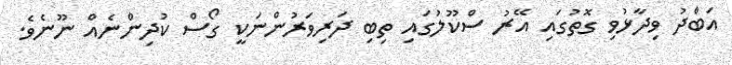
އަބްދު ވިދާޅުވި ގޮތުގައި އޭރު ސްކޫލުގައި ތިބި ދަރިވަރުންނަކީ ގޯސް ކުދިންނެއް ނޫނެވެ.